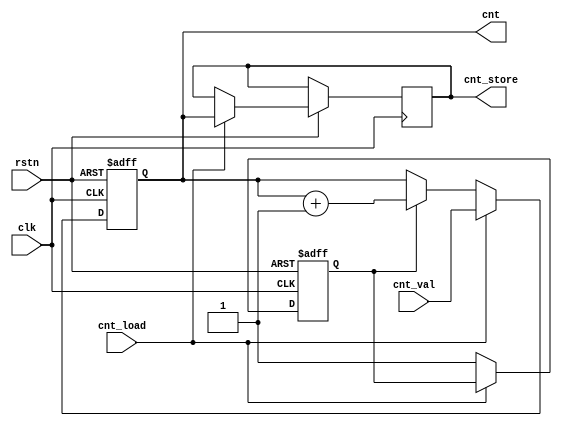
`timescale 1ns / 1ps
module counter (
    input               clk,
    input               rstn,
    input               cnt_load,
    input       [4:0]   cnt_val,

    output reg  [4:0]   cnt_store,
    output reg  [4:0]   cnt
);

reg first_cmd;

always @ (posedge clk or negedge rstn) begin

    if(!rstn) begin
        cnt <= 5'd0;
        first_cmd <= 1'b0;
    end
    else begin
        if(cnt_load) begin
            cnt <= cnt_val;
            cnt_store <= cnt;
        end           
        else
            if(!first_cmd)
                first_cmd <= 1'b1;
            else
                cnt <= cnt + 1;
    end

end

endmodule